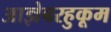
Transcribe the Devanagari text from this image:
आज्ञेबरहुकूम